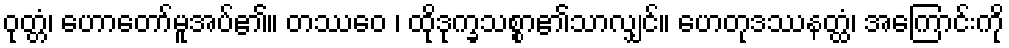
ဝုတ္တံ၊ ဟောတော်မူအပ်၏။ တဿေဝ ၊ ထိုဒုက္ခသစ္စာ၏သာလျှင်။ ဟေတုဒဿနတ္ထံ၊ အကြောင်းကို